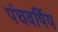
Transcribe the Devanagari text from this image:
पंचवर्षिय